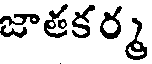
జాతకర్మ